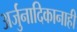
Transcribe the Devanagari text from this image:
अर्जुनादिकानाही